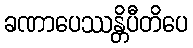
ခဏာပေဿန္တိပီတိပေ